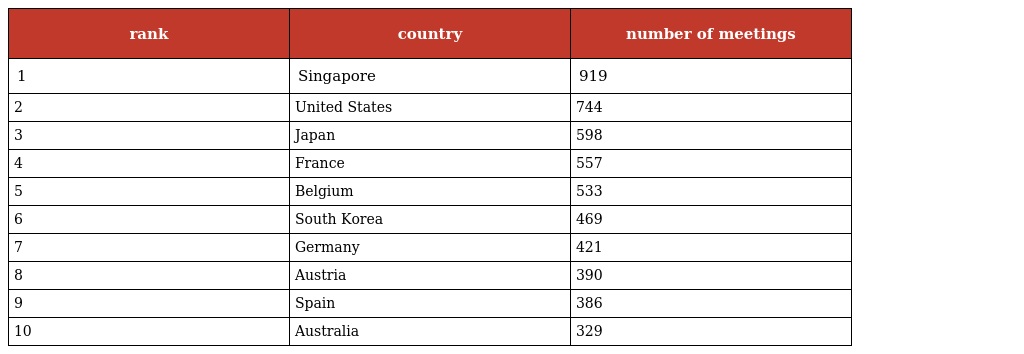
| rank | country | number of meetings |
 | --- | --- | --- |
 | 1 | Singapore | 919 |
 | 2 | United States | 744 |
 | 3 | Japan | 598 |
 | 4 | France | 557 |
 | 5 | Belgium | 533 |
 | 6 | South Korea | 469 |
 | 7 | Germany | 421 |
 | 8 | Austria | 390 |
 | 9 | Spain | 386 |
 | 10 | Australia | 329 |